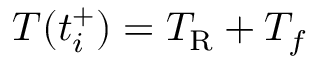
T ( t _ { i } ^ { + } ) = T _ { \mathrm { R } } + T _ { f }